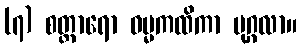
(၇) စတ္တာရော ဓမ္မကထိကာ ပုဂ္ဂလာ။